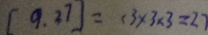
[ 9 . 2 7 ] = , 3 \times 3 \times 3 = 2 7